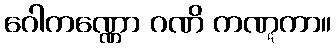
ဂေါကဏ္ဏော ဂဏိ ကဏ္ဋကာ။